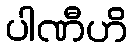
ပါဏီဟိ